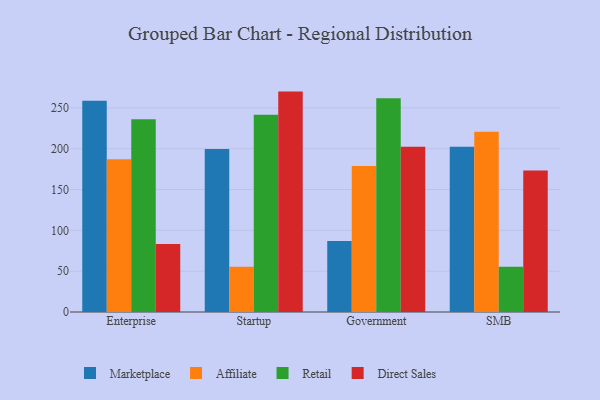
{"axis": {"x": "Segment", "y": "Humidity (%)"}, "legend": ["Affiliate", "Direct Sales", "Marketplace", "Retail"], "data": [{"x": "Enterprise", "y": 258.8, "type": "Marketplace"}, {"x": "Enterprise", "y": 187.1, "type": "Affiliate"}, {"x": "Enterprise", "y": 236.1, "type": "Retail"}, {"x": "Enterprise", "y": 83.3, "type": "Direct Sales"}, {"x": "Startup", "y": 199.5, "type": "Marketplace"}, {"x": "Startup", "y": 55.4, "type": "Affiliate"}, {"x": "Startup", "y": 241.5, "type": "Retail"}, {"x": "Startup", "y": 269.9, "type": "Direct Sales"}, {"x": "Government", "y": 86.9, "type": "Marketplace"}, {"x": "Government", "y": 178.7, "type": "Affiliate"}, {"x": "Government", "y": 261.9, "type": "Retail"}, {"x": "Government", "y": 202.3, "type": "Direct Sales"}, {"x": "SMB", "y": 202.4, "type": "Marketplace"}, {"x": "SMB", "y": 220.8, "type": "Affiliate"}, {"x": "SMB", "y": 55.3, "type": "Retail"}, {"x": "SMB", "y": 173.2, "type": "Direct Sales"}]}